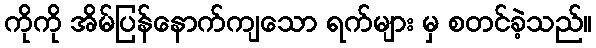
ကိုကို အိမ်ပြန်နောက်ကျသော ရက်များ မှ စတင်ခဲ့သည်။